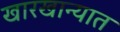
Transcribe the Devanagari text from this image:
खारखान्यात